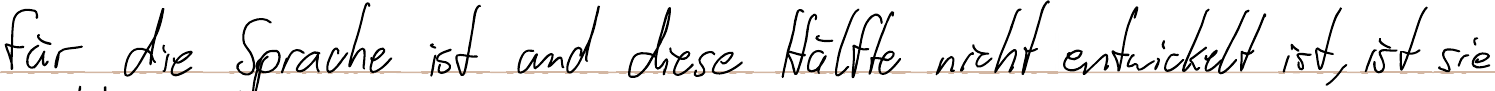
für die Sprache ist und diese Hälfte nicht entwickelt ist, ist sie